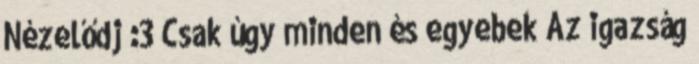
Nézelődj :3 Csak úgy minden és egyebek Az igazság